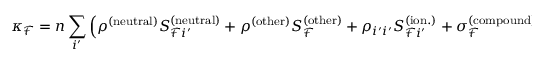
\kappa _ { \mathcal { F } } = n \sum _ { i ^ { \prime } } \left( \rho ^ { ( \mathrm { n e u t r a l } ) } S _ { \mathcal { F } i ^ { \prime } } ^ { ( \mathrm { n e u t r a l } ) } + \rho ^ { \mathrm { ( o t h e r ) } } S _ { \mathcal { F } } ^ { \mathrm { ( o t h e r ) } } + \rho _ { i ^ { \prime } i ^ { \prime } } S _ { \mathcal { F } i ^ { \prime } } ^ { ( \mathrm { i o n . } ) } + \sigma _ { \mathcal { F } } ^ { ( \mathrm { c o m p o u n d } ) } \right) ,